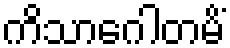
ကိသာဂေါတမိံ